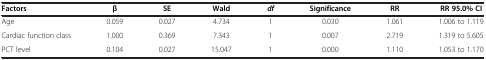
| Factors | β | SE | Wald | df | Significance | RR | RR 95.0% CI |
 | --- | --- | --- | --- | --- | --- | --- | --- |
 | Age | 0.059 | 0.027 | 4.734 | 1 | 0.030 | 1.061 | 1.006 to 1.119 |
 | Cardiac function class | 1.000 | 0.369 | 7.343 | 1 | 0.007 | 2.719 | 1.319 to 5.605 |
 | PCT level | 0.104 | 0.027 | 15.047 | 1 | 0.000 | 1.110 | 1.053 to 1.170 |